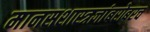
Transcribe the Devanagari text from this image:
मानसशास्त्रज्ञांबरोबरच